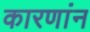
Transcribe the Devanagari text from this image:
कारणांन